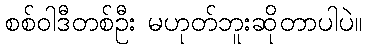
စစ်ဝါဒီတစ်ဦး မဟုတ်ဘူးဆိုတာပါပဲ။